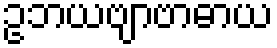
ဥဘယဗျာဗာဓာယ